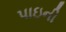
પાઇની